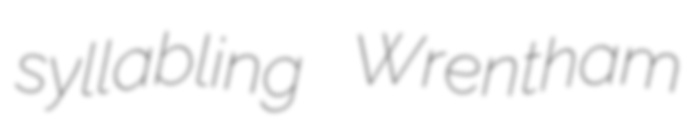
syllabling Wrentham